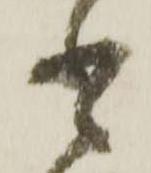
書